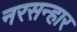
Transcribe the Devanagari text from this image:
नरसन्हार